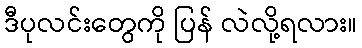
ဒီပုလင်းတွေကို ပြန် လဲလို့ရလား။